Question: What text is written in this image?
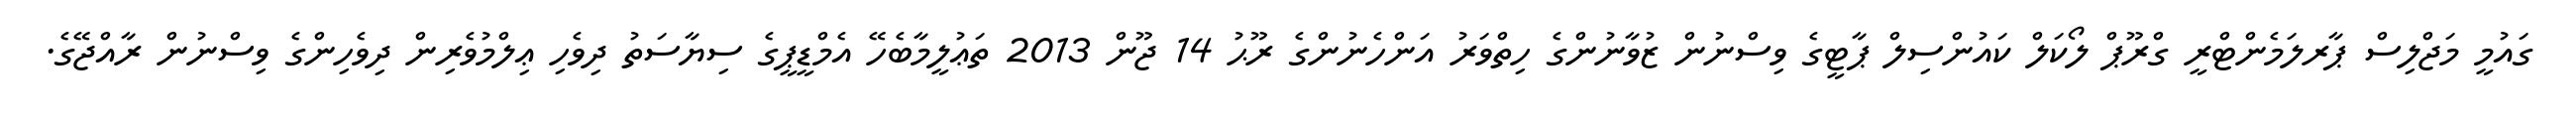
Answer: ގައުމީ މަޖްލިސް ޕާރލަމެންޓްރީ ގްރޫޕް ލޯކަލް ކައުންސިލް ޕާޓީގެ ވިސްނުން ޒުވާނުންގެ ހިތްވަރު އަންހެނުންގެ ރޫޙު 14 ޖޫން 2013 ތަޢުލީމާބެހޭ އެމްޑީޕީގެ ސިޔާސަތު ދިވެހި ޢިލްމުވެރިން ދިވެހިންގެ ވިސްނުން ރާއްޖޭގެ.